Annual returns of the Patna Lunatic Asylum at Bankipore in Bihar and Orissa - 1912-1924
Year: 1912
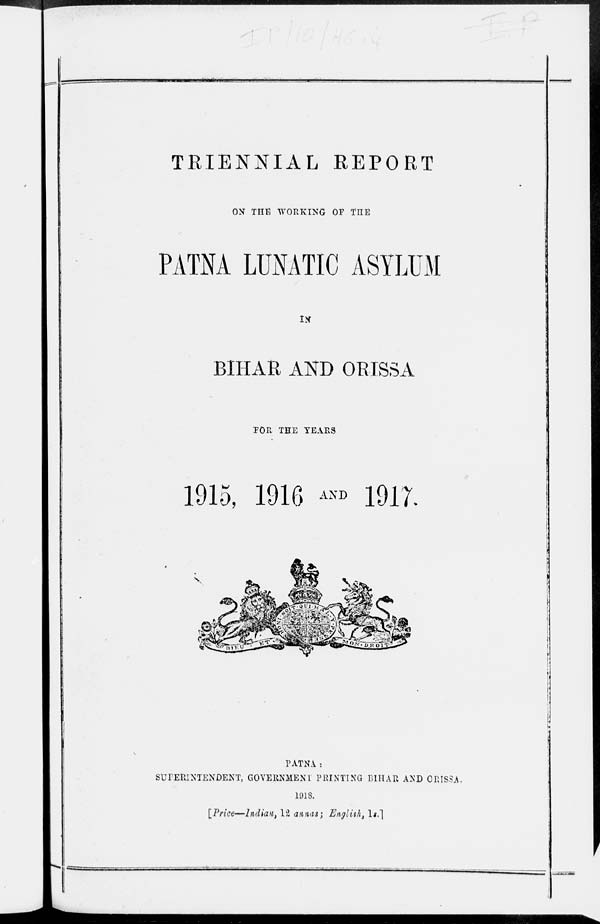
TRIENNIAL REPORT
ON THE WORKING OF THE
PATNA LUNATIC ASYLUM
IN
BIHAR AND ORISSA
FOR THE YEARS
1915, 1916 AND 1917.
PATNA:
SUPERINTENDENT, GOVERNMENT PRINTING BIHAR AND ORISSA.
1918.
[Price—Indian, 12 annas; English, 1s.]